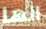
انها